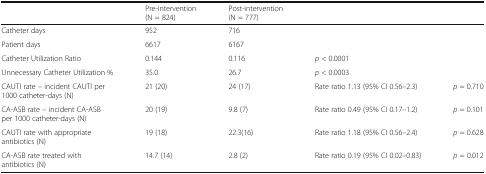
<table><thead><tr><td></td><td><b>Pre-intervention (N = 824)</b></td><td><b>Post-intervention (N = 777)</b></td><td colspan="2"></td></tr></thead><tbody><tr><td>Catheter days</td><td>952</td><td>716</td><td colspan="2"></td></tr><tr><td>Patient days</td><td>6617</td><td>6167</td><td colspan="2"></td></tr><tr><td>Catheter Utilization Ratio</td><td>0.144</td><td>0.116</td><td colspan="2"><i>p</i> &lt; 0.0001</td></tr><tr><td>Unnecessary Catheter Utilization %</td><td>35.0</td><td>26.7</td><td colspan="2"><i>p</i> &lt; 0.0003</td></tr><tr><td>CAUTI rate – incident CAUTI per 1000 catheter-days (N)</td><td>21 (20)</td><td>24 (17)</td><td>Rate ratio 1.13 (95% CI 0.56–2.3)</td><td><i>p</i> = 0.710</td></tr><tr><td>CA-ASB rate – incident CA-ASB per 1000 catheter-days (N)</td><td>20 (19)</td><td>9.8 (7)</td><td>Rate ratio 0.49 (95% CI 0.17–1.2)</td><td><i>p</i> = 0.101</td></tr><tr><td>CAUTI rate with appropriate antibiotics (N)</td><td>19 (18)</td><td>22.3(16)</td><td>Rate ratio 1.18 (95% CI 0.56–2.4)</td><td><i>p</i> = 0.628</td></tr><tr><td>CA-ASB rate treated with antibiotics (N)</td><td>14.7 (14)</td><td>2.8 (2)</td><td>Rate ratio 0.19 (95% CI 0.02–0.83)</td><td><i>p</i> = 0.012</td></tr></tbody></table>